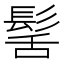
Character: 髺